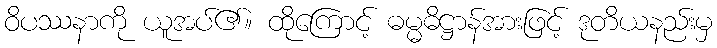
ဝိပဿနာကို ယူအပ်၏။ ထိုကြောင့် ဓမ္မဓိဋ္ဌာန်အားဖြင့် ဒုတိယနည်းမှ